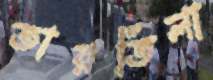
তারতিলা